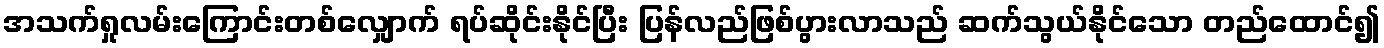
အသက်ရှုလမ်းကြောင်းတစ်လျှောက် ရပ်ဆိုင်းနိုင်ပြီး ပြန်လည်ဖြစ်ပွားလာသည် ဆက်သွယ်နိုင်သော တည်ထောင်၍